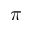
\pi